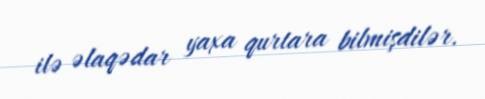
ilə əlaqədar yaxa qurtara bilmişdilər.